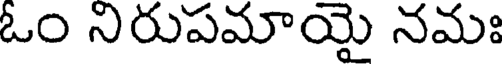
ఓం నిరుపమాయై నమః